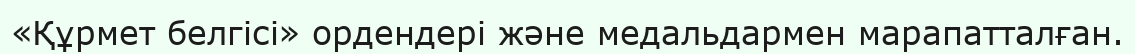
«Құрмет белгісі» ордендері және медальдармен марапатталған.